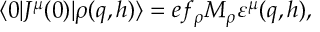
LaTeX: \langle 0 | J ^ { \mu } ( 0 ) | \rho ( q , h ) \rangle = e f _ { \rho } M _ { \rho } \varepsilon ^ { \mu } ( q , h ) ,